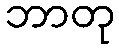
ဘာတု